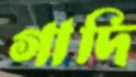
গাদি